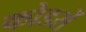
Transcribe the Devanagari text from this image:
कोडरों